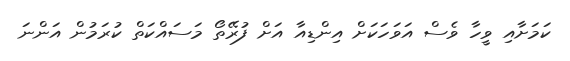
ކަމަށާއި ވީހާ ވެސް އަވަހަކަށް އިންޑިއާ އަށް ފުރޭތޯ މަސައްކަތް ކުރަމުން އަންނަ